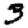
Digit: 3